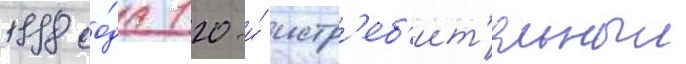
1998 го́да 120-и́ истр'еб'ит'ельныи